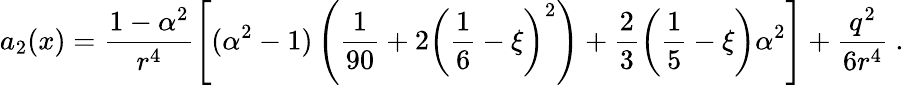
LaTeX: a_{2}(x)=\frac{1-\alpha^{2}}{r^{4}}\left[(\alpha^{2}-1)\left(\frac 1{90}+2\left(\frac 16-\xi\right)^{2}\right)+\frac 23\left(\frac 15-\xi\right)\alpha^{2}\right]+\frac{q^{2}}{6r^{4}}\ .